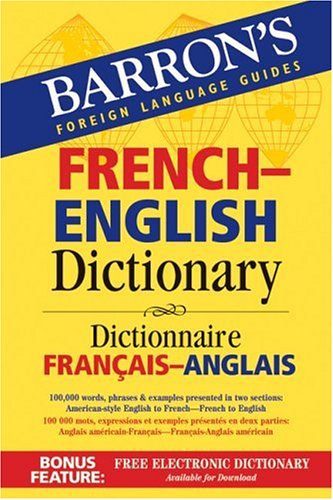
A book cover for Barron's French-English Dictionary: Dictionnaire Francais-Anglais (Barron's Bilingual Dictionaries); Reference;